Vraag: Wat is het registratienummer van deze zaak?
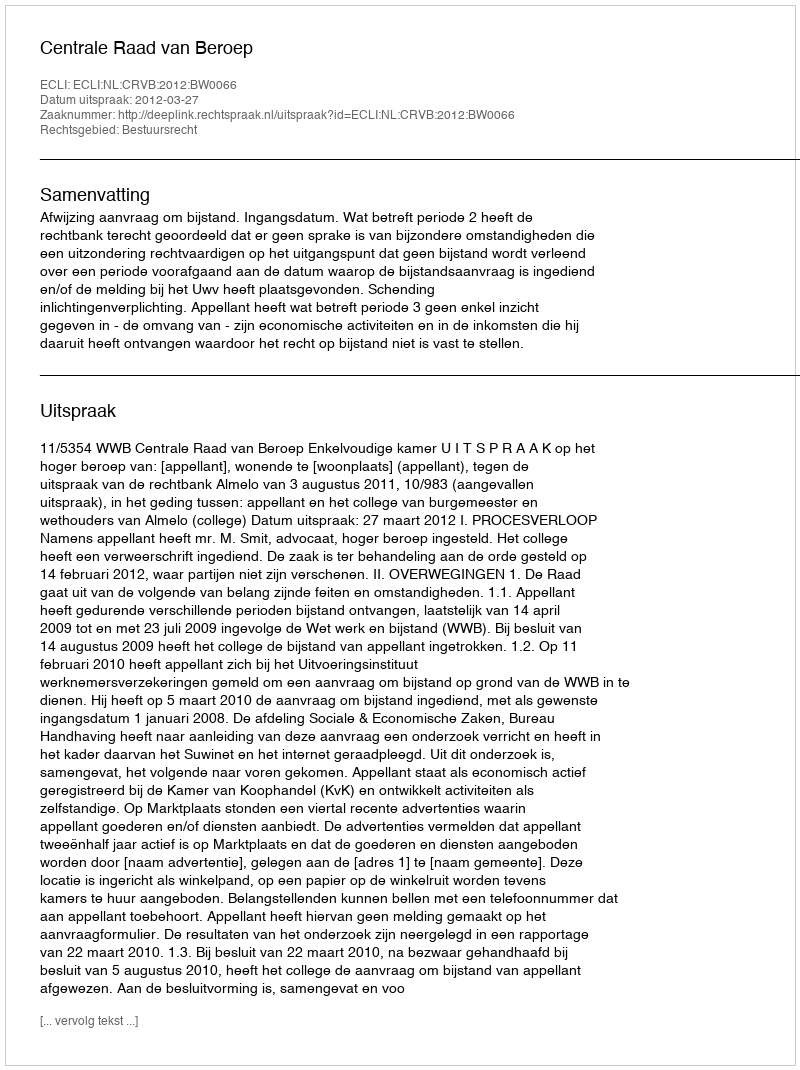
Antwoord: http://deeplink.rechtspraak.nl/uitspraak?id=ECLI:NL:CRVB:2012:BW0066